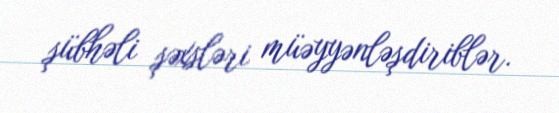
şübhəli şəxsləri müəyyənləşdiriblər.